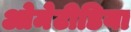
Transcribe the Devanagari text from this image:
ओमेटीडिया